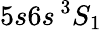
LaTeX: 5s6s\, ^{3}S_{1}